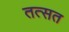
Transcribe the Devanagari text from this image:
तत्सत